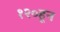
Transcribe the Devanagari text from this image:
१२०हून